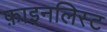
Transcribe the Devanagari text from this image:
फ़ाइनलिस्ट